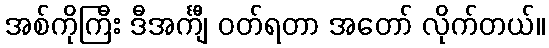
အစ်ကိုကြီး ဒီအင်္ကျီ ဝတ်ရတာ အတော် လိုက်တယ်။